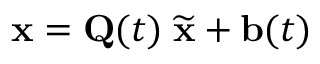
{ \mathbf x } = { \mathbf Q } ( t ) \; \widetilde { { \mathbf x } } + { \mathbf b } ( t )